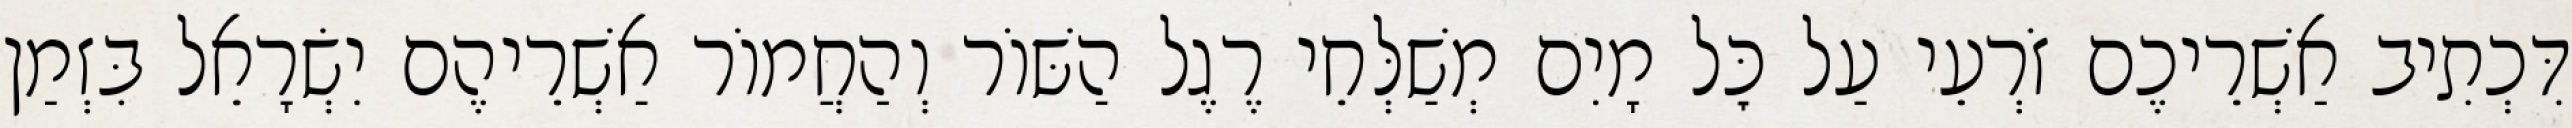
דִּכְתִיב אַשְׁרֵיכֶם זֹרְעֵי עַל כׇּל מָיִם מְשַׁלְּחֵי רֶגֶל הַשּׁוֹר וְהַחֲמוֹר אַשְׁרֵיהֶם יִשְׂרָאֵל בִּזְמַן